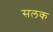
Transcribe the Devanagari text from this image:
सलक